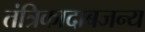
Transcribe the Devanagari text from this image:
तंत्रिकादाबजन्य